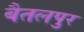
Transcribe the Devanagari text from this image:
बैतलपुर